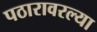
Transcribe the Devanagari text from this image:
पठारावरल्या